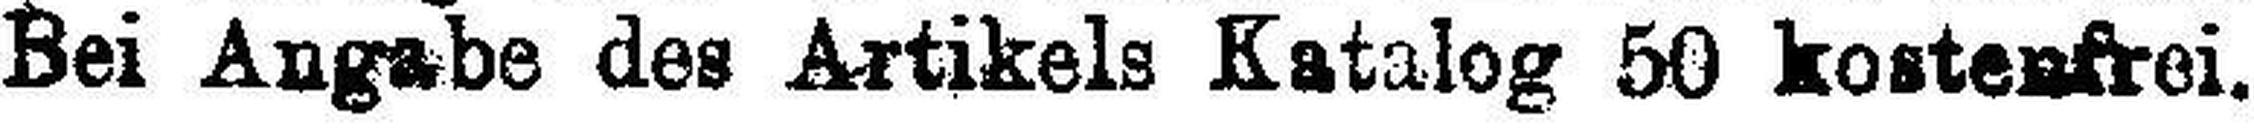
Bei Angabe des Artikels Katalog 50 kostenfrei.